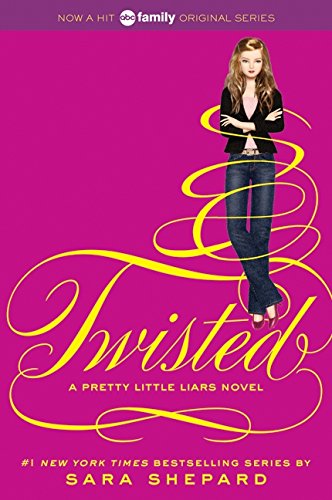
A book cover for Twisted (Pretty Little Liars, Book 9); Sara Shepard; Teen & Young Adult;